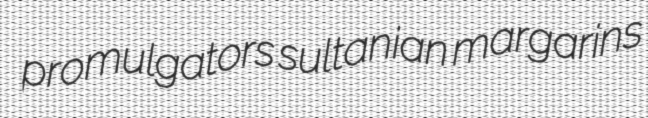
promulgators sultanian margarins